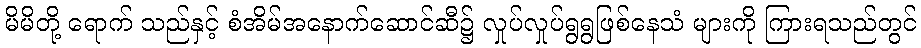
မိမိတို့ ရောက် သည်နှင့် စံအိမ်အနောက်ဆောင်ဆီ၌ လှုပ်လှုပ်ရွရွဖြစ်နေသံ များကို ကြားရသည်တွင်